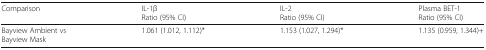
| Comparison | IL-1βRatio (95% CI) | IL-2Ratio (95% CI) | Plasma BET-1Ratio (95% CI) |
 | --- | --- | --- | --- |
 | Bayview Ambient vsBayview Mask | 1.061 (1.012, 1.112)* | 1.153 (1.027, 1.294)* | 1.135 (0.959, 1.344)+ |